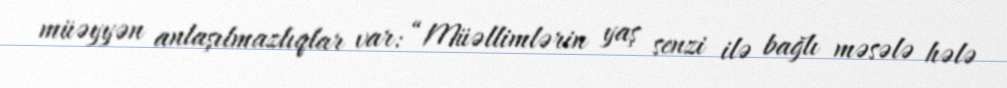
müəyyən anlaşılmazlıqlar var: “Müəllimlərin yaş senzi ilə bağlı məsələ hələ